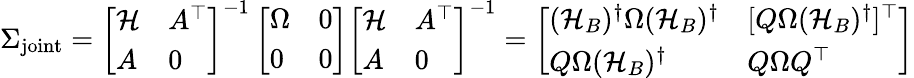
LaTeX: \begin{array}{r}{\Sigma_{\mathrm{joint}}=\left[\begin{array}{ll}{{\mathcal{H}}}&{A^{\top}}\\ {A}&{0}\end{array}\right]^{-1}\left[\begin{array}{ll}{\Omega}&{0}\\ {0}&{0}\end{array}\right]\left[\begin{array}{ll}{{\mathcal{H}}}&{A^{\top}}\\ {A}&{0}\end{array}\right]^{-1}=\left[\begin{array}{ll}{({\mathcal{H}}_{B})^{\dagger}\Omega({\mathcal{H}}_{B})^{\dagger}}&{[Q\Omega({\mathcal{H}}_{B})^{\dagger}]^{\top}}\\ {Q\Omega({\mathcal{H}}_{B})^{\dagger}}&{Q\Omega Q^{\top}}\end{array}\right]}\end{array}